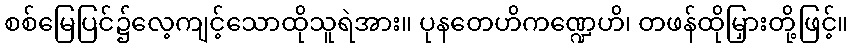
စစ်မြေပြင်၌လေ့ကျင့်သောထိုသူရဲအား။ ပုနတေဟိကဏ္ဍေဟိ၊ တဖန်ထိုမြှားတို့ဖြင့်။